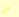
على